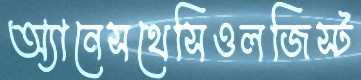
অ্যানেসথেসিওলজিস্ট